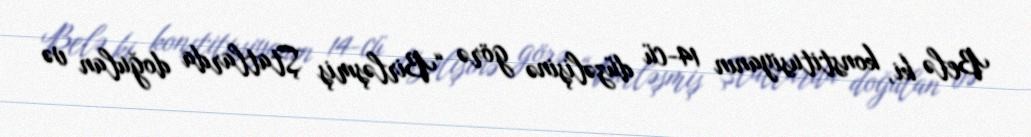
Belə ki, konstitusiyanın 14-cü düzəlişinə görə “Birləşmiş Ştatlarda doğulan və